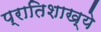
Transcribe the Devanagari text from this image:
प्रातिशाख्ये